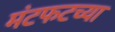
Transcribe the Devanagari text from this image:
मंटफटच्या